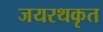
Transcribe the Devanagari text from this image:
जयरथकृत